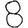
Digit: 8